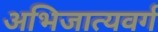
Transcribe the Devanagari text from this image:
अभिजात्यवर्ग